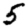
Digit: 5